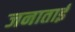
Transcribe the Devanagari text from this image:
जनाताई